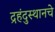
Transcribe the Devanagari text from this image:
द्रहंदुस्थानचे